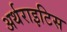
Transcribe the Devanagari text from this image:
अर्थराइटिस